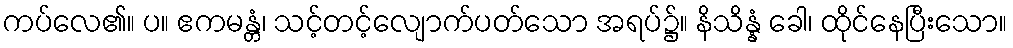
ကပ်လေ၏။ ပ။ ဧကမန္တံ၊ သင့်တင့်လျောက်ပတ်သော အရပ်၌။ နိသိန္နံ ခေါ၊ ထိုင်နေပြီးသော။